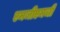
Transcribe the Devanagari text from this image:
एमजीएमची